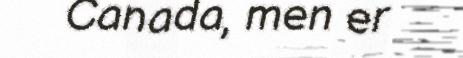
Canada, men er